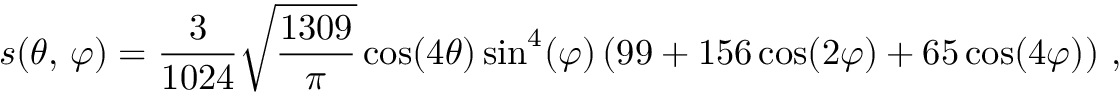
s ( \theta , \, \varphi ) = \frac { 3 } { 1 0 2 4 } \sqrt { \frac { 1 3 0 9 } { \pi } } \cos ( 4 \theta ) \sin ^ { 4 } ( \varphi ) \left( 9 9 + 1 5 6 \cos ( 2 \varphi ) + 6 5 \cos ( 4 \varphi ) \right) \, ,